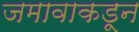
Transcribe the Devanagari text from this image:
जमावाकडून